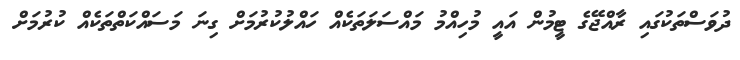
ދުވަސްތަކުގައި ރާއްޖޭގެ ޓީމުން އައީ މުހިއްމު މައްސަލަތަކެއް ހައްލުކުރުމަށް ގިނަ މަސައްކަތްތަކެއް ކުރުމަށް